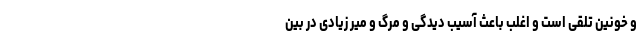
و خونین تلقی است و اغلب باعث آسیب دیدگی و مرگ و میر زیادی در بین